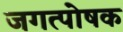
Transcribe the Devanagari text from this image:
जगत्पोषक